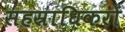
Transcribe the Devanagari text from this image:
सहस्राधिकरों